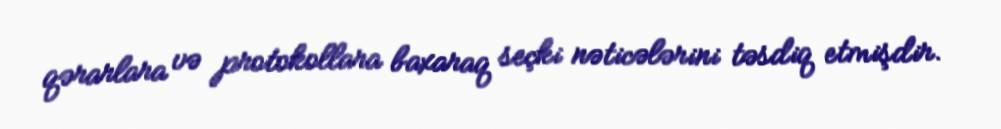
qərarlara və protokollara baxaraq seçki nəticələrini təsdiq etmişdir.